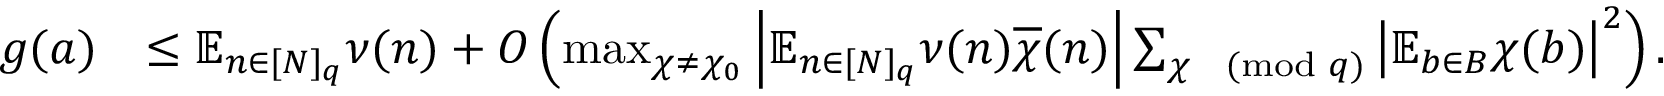
\begin{array} { r l } { g ( a ) } & { \leq \mathbb { E } _ { n \in [ N ] _ { q } } \nu ( n ) + O \left( \operatorname* { m a x } _ { \chi \neq \chi _ { 0 } } \left| \mathbb { E } _ { n \in [ N ] _ { q } } \nu ( n ) \overline { { \chi } } ( n ) \right| \sum _ { \chi \pmod { q } } \left| \mathbb { E } _ { b \in B } \chi ( b ) \right| ^ { 2 } \right) . } \end{array}